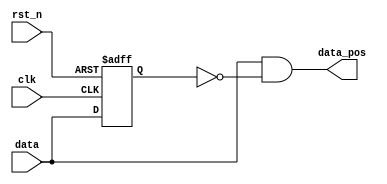
`ifndef SII_POS
`define SII_POS
module sii_pos (
    input wire      clk,
    input wire      rst_n,
    input wire      data,
    output wire     data_pos
);

reg data_r1;

always @(posedge clk or negedge rst_n) begin
    if (!rst_n) begin
        data_r1     <= 1'b0;
    end else begin
        data_r1     <= data;
    end
end

assign data_pos = data && !data_r1;

endmodule
`endif